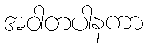
အဝါတပါနကာ